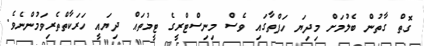
ގޮތް ގާތުން ބެލުމަށް މިދިޔަ ހަފްތާގައި ވެސް މިނިސްޓްރީގެ ޓީމުތައް ދިޔައީ ހަރަކާތްތެރިވަމުންނެވެ.